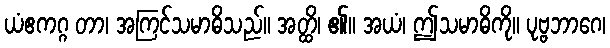
ယံဧကဂ္ဂ တာ၊ အကြင်သမာဓိသည်။ အတ္ထိ၊ ၏။ အယံ၊ ဤသမာဓိကို။ ပုဗ္ဗဘာဂေ၊